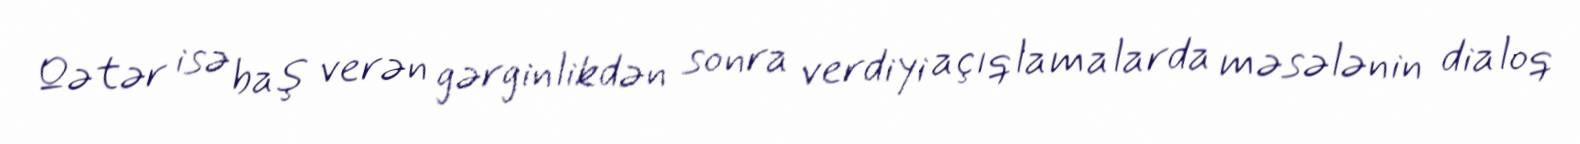
Qətər isə baş verən gərginlikdən sonra verdiyi açıqlamalarda məsələnin dialoq